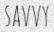
SAVVY